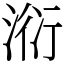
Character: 𣶹